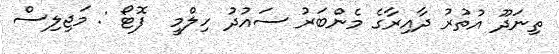
ތިނަދޫ އުތުރު ދާއިރާގެ މެންބަރު ސައުދު ހިލްމީ  ފޮޓޯ : މަޖިލިސް